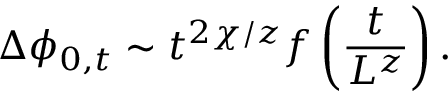
\Delta \phi _ { 0 , t } \sim t ^ { 2 \chi / z } f \left( \frac { t } { L ^ { z } } \right) .